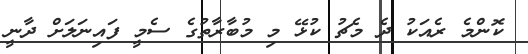
ކޮންމެ ރެއަކު ދެ މެޗު ކުޅޭ މި މުބާރާތުގެ ސެމީ ފައިނަލަށް ދާނީ